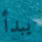
يبدأ